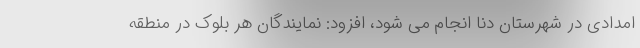
امدادی در شهرستان دنا انجام می شود، افزود: نمایندگان هر بلوک در منطقه